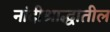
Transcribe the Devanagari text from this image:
नांदीश्राद्धातील